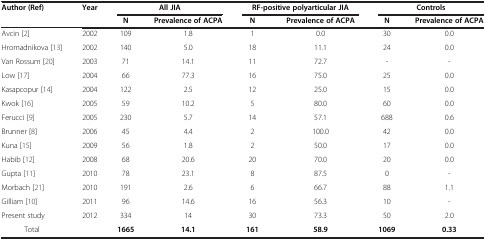
| Author (Ref) | Year | <COLSPAN=2> All JIA | <COLSPAN=2> RF-positive polyarticular JIA | <COLSPAN=2> Controls |
 |  |  | N | Prevalence of ACPA | N | Prevalence of ACPA | N | Prevalence of ACPA |
 | --- | --- | --- | --- | --- | --- | --- | --- |
 | Avcin[2] | 2002 | 109 | 1.8 | 1 | 0.0 | 30 | 0.0 |
 | Hromadnikova[13] | 2002 | 140 | 5.0 | 18 | 11.1 | 24 | 0.0 |
 | Van Rossum[20] | 2003 | 71 | 14.1 | 11 | 72.7 | - | - |
 | Low[17] | 2004 | 66 | 77.3 | 16 | 75.0 | 25 | 0.0 |
 | Kasapcopur[14] | 2004 | 122 | 2.5 | 12 | 25.0 | 15 | 0.0 |
 | Kwok[16] | 2005 | 59 | 10.2 | 5 | 80.0 | 60 | 0.0 |
 | Ferucci[9] | 2005 | 230 | 5.7 | 14 | 57.1 | 688 | 0.6 |
 | Brunner[8] | 2006 | 45 | 4.4 | 2 | 100.0 | 42 | 0.0 |
 | Kuna[15] | 2009 | 56 | 1.8 | 2 | 50.0 | 17 | 0.0 |
 | Habib[12] | 2008 | 68 | 20.6 | 20 | 70.0 | 20 | 0.0 |
 | Gupta[11] | 2010 | 78 | 23.1 | 8 | 87.5 | 0 | - |
 | Morbach[21] | 2010 | 191 | 2.6 | 6 | 66.7 | 88 | 1.1 |
 | Gilliam[10] | 2011 | 96 | 14.6 | 16 | 56.3 | 10 | - |
 | Present study | 2012 | 334 | 14 | 30 | 73.3 | 50 | 2.0 |
 | Total |  | 1665 | 14.1 | 161 | 58.9 | 1069 | 0.33 |